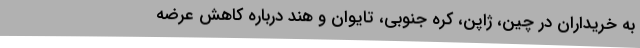
به خریداران در چین، ژاپن، کره جنوبی، تایوان و هند درباره کاهش عرضه